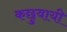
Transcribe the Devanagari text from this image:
कछुवायी